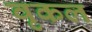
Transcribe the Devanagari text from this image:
वृकल